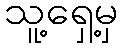
သူ့ရှေ့မှ